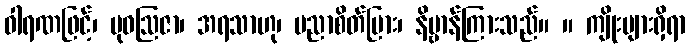
ဓါရဏဖြင့်၊ မုဓဩဇာ၊ အရသာဟု၊ ပညာစိတ်ပြား၊ နိဗ္ဗာန်ကြားသည်။ ။ ကျိုးများရှိရာ